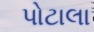
પોટાલા